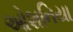
ઓશનિયા